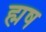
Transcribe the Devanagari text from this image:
ह्मष